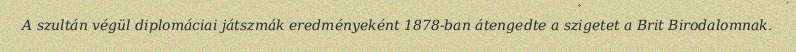
A szultán végül diplomáciai játszmák eredményeként 1878-ban átengedte a szigetet a Brit Birodalomnak.